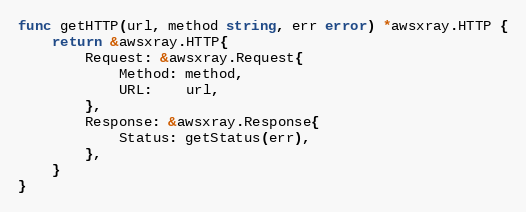
Language: Go
func getHTTP(url, method string, err error) *awsxray.HTTP {
	return &awsxray.HTTP{
		Request: &awsxray.Request{
			Method: method,
			URL:    url,
		},
		Response: &awsxray.Response{
			Status: getStatus(err),
		},
	}
}